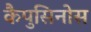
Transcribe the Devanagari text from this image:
कैपुसिनोस